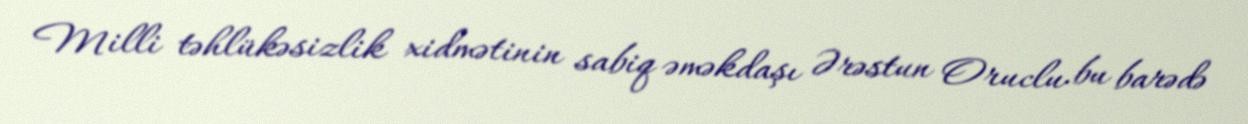
Milli təhlükəsizlik xidmətinin sabiq əməkdaşı Ərəstun Oruclu bu barədə